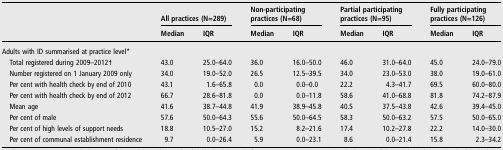
<table><thead><tr><td></td><td colspan="2"><b>All practices (N=289)</b></td><td colspan="2"><b>Non-participating practices (N=68)</b></td><td colspan="2"><b>Partial participating practices (N=95)</b></td><td colspan="2"><b>Fully participating practices (N=126)</b></td></tr><tr><td></td><td><b>Median</b></td><td><b>IQR</b></td><td><b>Median</b></td><td><b>IQR</b></td><td><b>Median</b></td><td><b>IQR</b></td><td><b>Median</b></td><td><b>IQR</b></td></tr></thead><tbody><tr><td colspan="9">Adults with ID summarised at practice level*</td></tr><tr><td> Total registered during 2009–2012†</td><td>43.0</td><td>25.0–64.0</td><td>36.0</td><td>16.0–50.0</td><td>46.0</td><td>31.0–64.0</td><td>45.0</td><td>24.0–79.0</td></tr><tr><td> Number registered on 1 January 2009 only</td><td>34.0</td><td>19.0–52.0</td><td>26.5</td><td>12.5–39.5</td><td>34.0</td><td>23.0–53.0</td><td>38.0</td><td>19.0–61.0</td></tr><tr><td> Per cent with health check by end of 2010</td><td>43.1</td><td>1.6–65.8</td><td>0.0</td><td>0.0–0.0</td><td>22.2</td><td>4.3–41.7</td><td>69.5</td><td>60.0–80.0</td></tr><tr><td> Per cent with health check by end of 2012</td><td>66.7</td><td>28.6–81.8</td><td>0.0</td><td>0.0–11.8</td><td>58.6</td><td>41.0–68.8</td><td>81.8</td><td>74.2–87.9</td></tr><tr><td> Mean age</td><td>41.6</td><td>38.7–44.8</td><td>41.9</td><td>38.9–45.8</td><td>40.5</td><td>37.5–43.8</td><td>42.6</td><td>39.4–45.0</td></tr><tr><td> Per cent of male</td><td>57.6</td><td>50.0–64.3</td><td>55.6</td><td>50.0–64.5</td><td>58.3</td><td>50.0–63.2</td><td>57.5</td><td>50.0–65.0</td></tr><tr><td> Per cent of high levels of support needs</td><td>18.8</td><td>10.5–27.0</td><td>15.2</td><td>8.2–21.6</td><td>17.4</td><td>10.2–27.8</td><td>22.2</td><td>14.0–30.0</td></tr><tr><td> Per cent of communal establishment residence</td><td>9.7</td><td>0.0–26.4</td><td>5.9</td><td>0.0–23.1</td><td>8.6</td><td>0.0–21.4</td><td>15.8</td><td>2.3–34.2</td></tr></tbody></table>